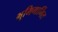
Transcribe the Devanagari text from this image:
भूमिगार्भित